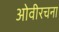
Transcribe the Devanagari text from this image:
ओवीरचना